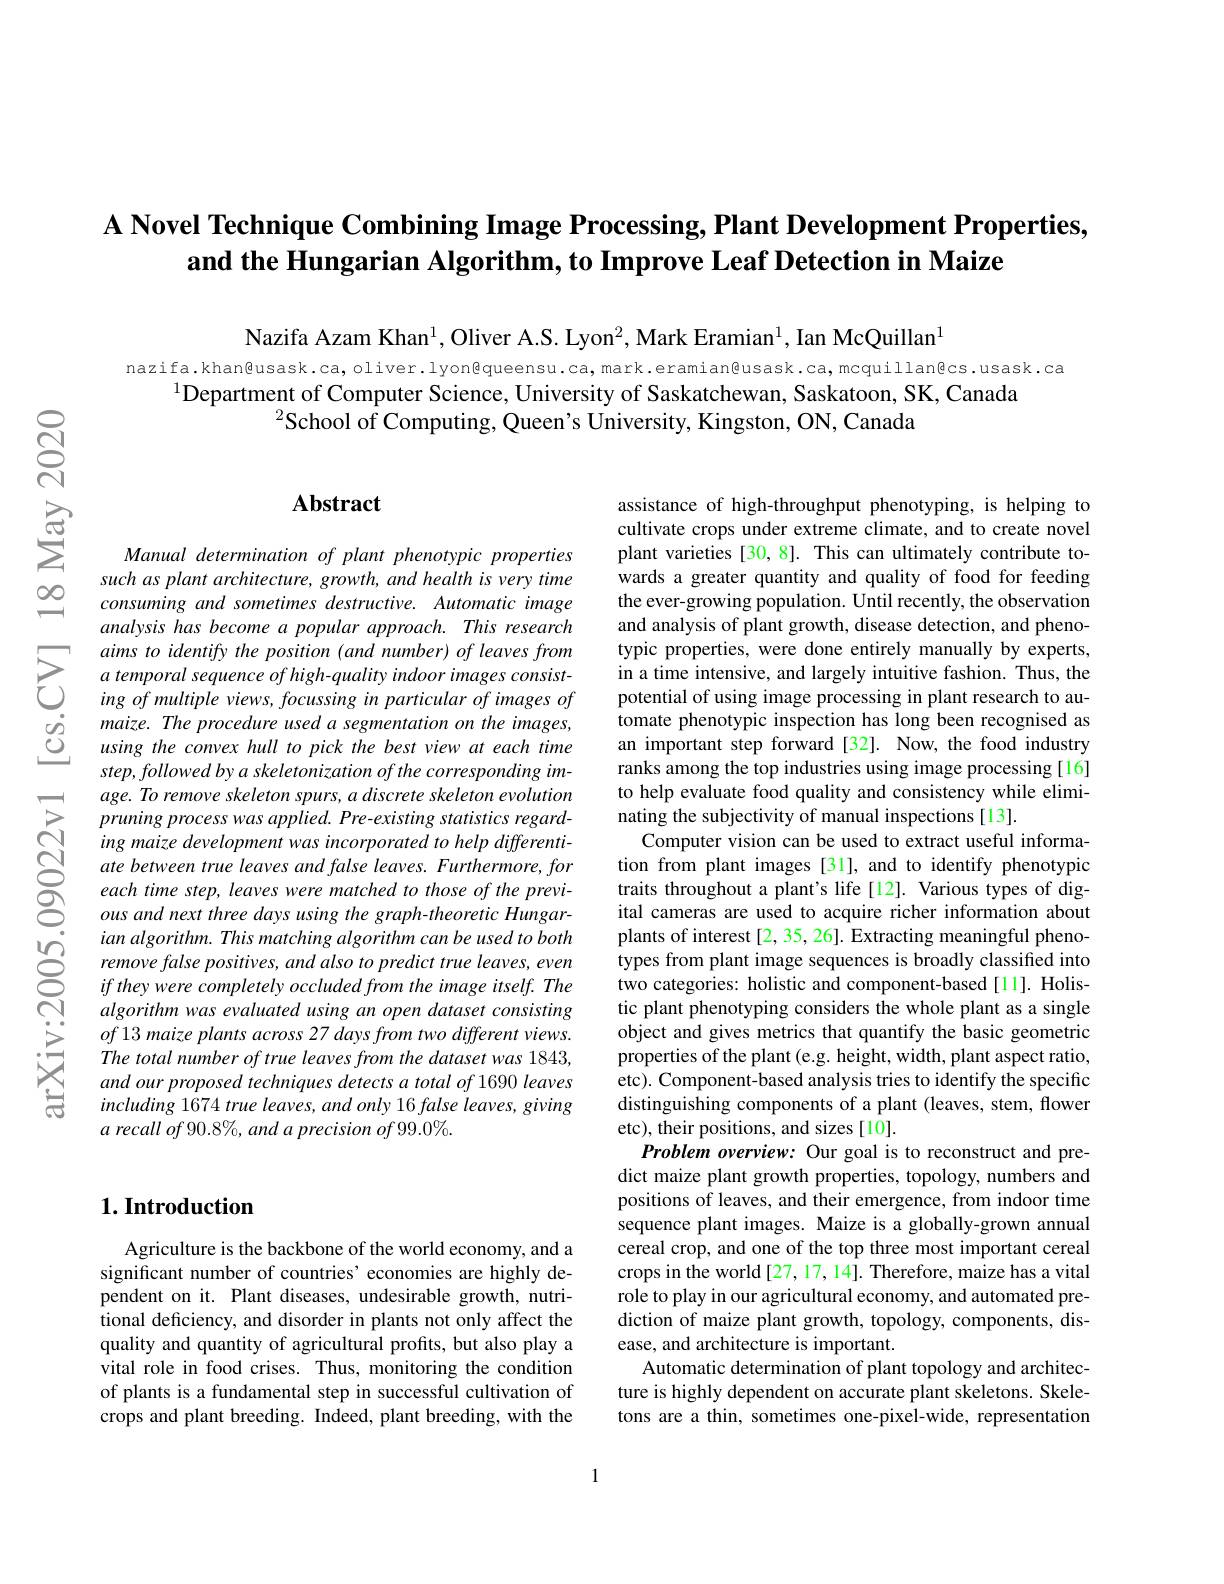
# A Novel Technique Combining Image Processing, Plant Development Properties, and the Hungarian Algorithm, to Improve Leaf Detection in Maize

Nazifa Azam Khan$^1$,Oliver A.S. Lyon$^2$,Mark Eramian$^1$, Ian McQuillan$^1$

nazifa.khan@usask.ca,oliver.lyon@queensu.ca,mark.eramian@usask.ca,mcquillan@cs.usask.ca
$^{1}$Department of Computer Science, University of Saskatchewan, Saskatoon, SK, Canada
$^{2}$School of Computing, Queen's University, Kingston, ON, Canada

### $\mathbf{Abstract}$

Manual determination of plant phenotypic properties such as plant architecture, growth, and health is very time consuming and sometimes destructive. Automatic image analysis has become a popular approach. This research
$\sum_{\begin{array}{cc}aims&to&identify&the&position&(and&number)&of&leaves&from\\&a&temporal&sequence&of&high-quality&indoor&images&consist-\\&&ing&of&multiple&views,&focussing&in&particular&of&images&of\end{array}}$ $\begin{array}{ccc}{\dot{o}}&{maize.The~procedure~used~a~segmentation~on~the~images,}\\{\dot{O}}&{using~the~convex~hull~to~pick~the~best~view~at~each~timees.}\\\end{array}$
step, followed by a skeletonization of the corresponding image. To remove skeleton spurs, a discrete skeleton evolution pruning process was applied. Pre-existing statistics regarding maize development was incorporated to help differentiate between true leaves and false leaves. Furthermore, for each time step, leaves were matched to those of the previous and next three days using the graph-theoretic Hungar- $ianalgorithm.Thismatchingalgorithmcanbeusedtoboth$
algorithm was evaluated using an open dataset consisting $of13$ maize plants across 27 days from two different views. The total number of true leaves from the dataset was 1843, and our proposed techniques detects a total of 1690 leaves including 1674 true leaves, and only 16 false leaves, giving $a\textit{ recall of 90.8%, and a precision of 99.0%}$

## $1. \textbf{Introduction}$

Agriculture is the backbone of the world economy, and a significant number of countries' economies are highly dependent on it. Plant diseases, undesirable growth, nutritional deficiency, and disorder in plants not only affect the quality and quantity of agricultural profits, but also play a vital role in food crises. Thus, monitoring the condition of plants is a fundamental step in successful cultivation of crops and plant breeding. Indeed, plant breeding, with the

assistance of high-throughput phenotyping, is helping to cultivate crops under extreme climate, and to create novel plant varieties [30, 8]. This can ultimately contribute towards a greater quantity and quality of food for feeding the ever-growing population. Until recently, the observation and analysis of plant growth, disease detection, and phenotypic properties, were done entirely manually by experts, in a time intensive, and largely intuitive fashion. Thus, the potential of using image processing in plant research to automate phenotypic inspection has long been recognised as an important step forward [32]. Now, the food industry ranks among the top industries using image processing [16] to help evaluate food quality and consistency while eliminating the subjectivity of manual inspections[13].
Computer vision can be used to extract useful information from plant images [31], and to identify phenotypic traits throughout a plant's life[12]. Various types of digital cameras are used to acquire richer information about plants of interest [2, 35, 26]. Extracting meaningful phenotypes from plant image sequences is broadly classified into two categories: holistic and component-based [11]. Holistic plant phenotyping considers the whole plant as a single object and gives metrics that quantify the basic geometric properties of the plant (e.g. height, width, plant aspect ratio, etc). Component-based analysis tries to identify the specific distinguishing components of a plant (leaves, stem, flower etc), their positions, and sizes[10].
Problem overview: Our goal is to reconstruct and predict maize plant growth properties, topology, numbers and positions of leaves, and their emergence, from indoor time sequence plant images. Maize is a globally-grown annual cereal crop, and one of the top three most important cereal crops in the world [27, 17, 14]. Therefore, maize has a vital role to play in our agricultural economy, and automated prediction of maize plant growth, topology, components, disease, and architecture is important.
Automatic determination of plant topology and architecture is highly dependent on accurate plant skeletons. Skeletons are a thin, sometimes one-pixel-wide, representation

1